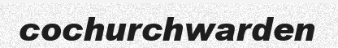
cochurchwarden